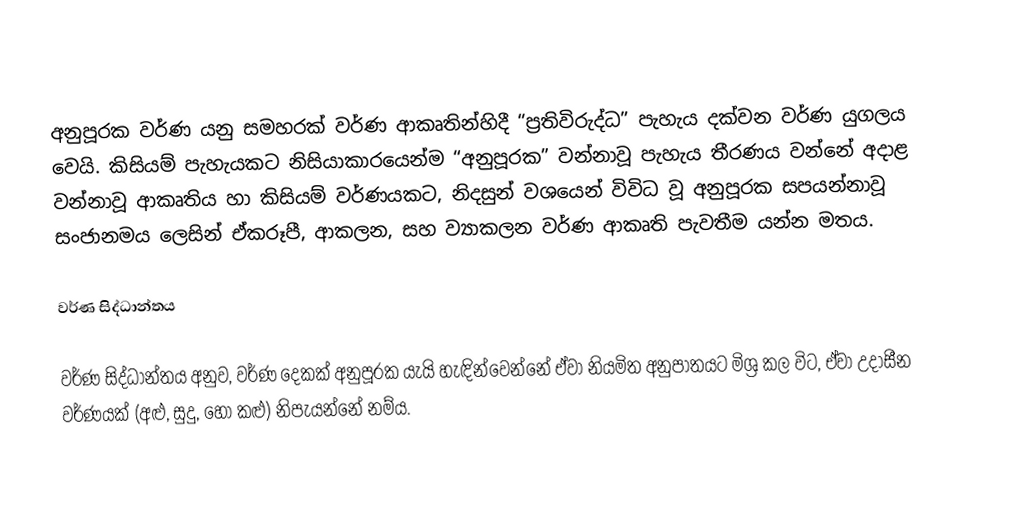
අනුපූරක වර්ණ යනු සමහරක් වර්ණ ආකෘතින්හිදී “ප්‍රතිවිරුද්ධ” පැහැය දක්වන වර්ණ යුගලය වෙයි. කිසියම් පැහැයකට නිසියාකාරයෙන්ම “අනුපූරක” වන්නාවූ පැහැය තීරණය වන්නේ අදාළ වන්නාවූ ආකෘතිය හා කිසියම් වර්ණයකට, නිදසුන් වශයෙන් විවිධ වූ අනුපූරක සපයන්නාවූ සංජානමය ලෙසින් ඒකරූපී, ආකලන, සහ ව්‍යාකලන වර්ණ ආකෘති පැවතීම යන්න මතය.

වර්ණ සිද්ධාන්තය

වර්ණ සිද්ධාන්තය අනුව, වර්ණ දෙකක් අනුපූරක යැයි හැඳින්වෙන්නේ ඒවා නියමිත අනුපාතයට මිශ්‍ර කල විට, ඒවා උදාසීන වර්ණයක් (අළු,  සුදු, හෝ කළු) නිපැයන්නේ නම්ය.